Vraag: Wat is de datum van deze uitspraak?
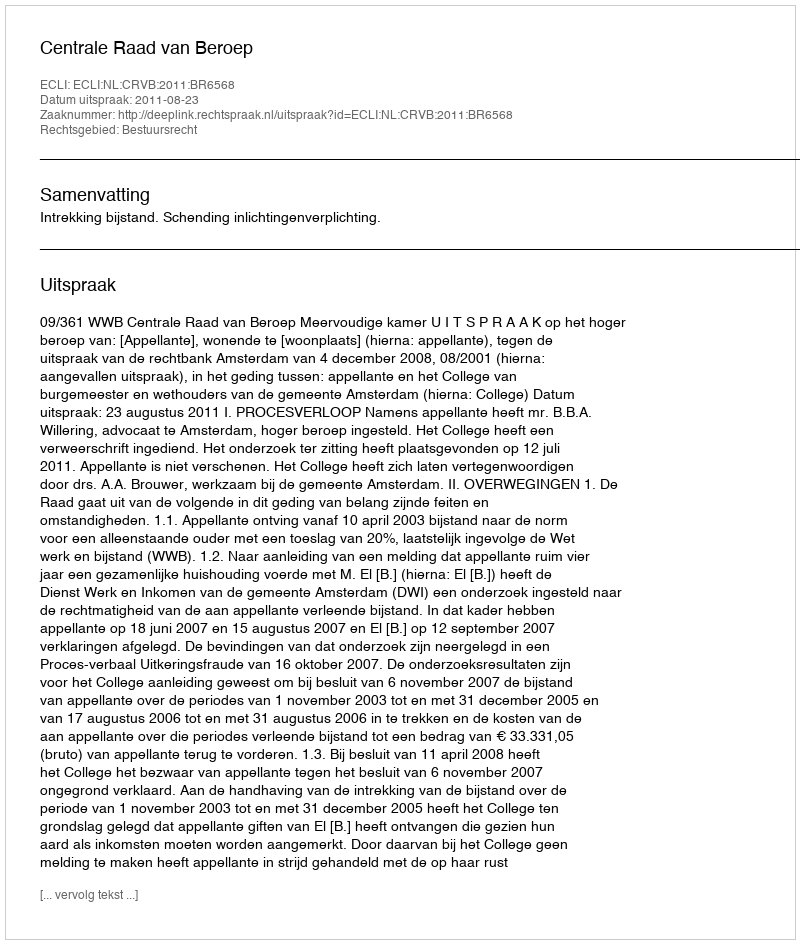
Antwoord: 2011-08-23